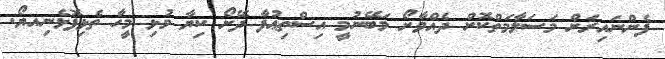
ފެންނައިރަށް މަސަލާމަތްކޮށް ދެއްވާށޯ މަބޭނުމީ އިސްތިޢުފާ ދޭށޯ ކިޔާ މުޅި މީހާ ތެޅިފޮޅެނިއޔޯ.